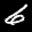
Label: 6